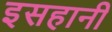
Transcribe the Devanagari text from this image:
इसहानी